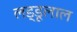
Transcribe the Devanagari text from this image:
लड्डूलाल